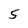
Character: 5